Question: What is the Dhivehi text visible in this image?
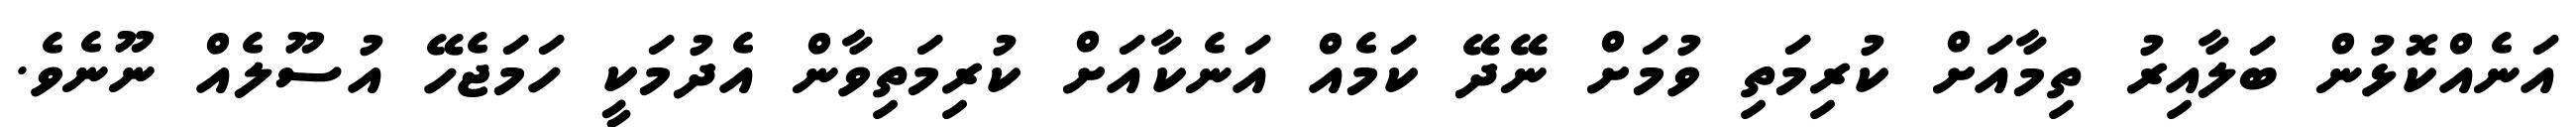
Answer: އަނެއްކޮޅުން ބަލާއިރު ތިމާއަށް ކުރިމަތި ވުމަށް ނޭދޭ ކަމެއް އަނެކާއަށް ކުރިމަތިވާން އެދުމަކީ ހަމަޖެހޭ އުސޫލެއް ނޫނެވެ.